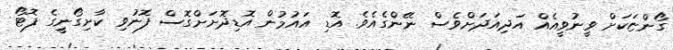
ގޯންޏަކަށް ވީނުވީއެއް އަދިއަދަށްވެސް ނޭންގެއެވެ. އޮޑި އައުމުން އޮޑިދޮށަށްގޮސް ފޮނުވި ކާށިގޯނިީގެ ފޮޓޯ